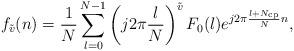
LaTeX: \begin{align*}f_{\tilde{v}}(n)=\frac{1}{N}\sum\limits^{N-1}_{l=0}{\left( j2\pi\frac{l}{N} \right)^{\tilde{v}} F_0(l) e^{j2\pi\frac{l+N_{\rm cp}}{N}n} },\end{align*}